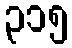
၃၁၅